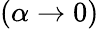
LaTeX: (\alpha\rightarrow 0)